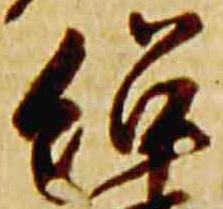
紹